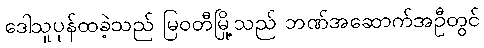
ဒေါသူပုန်ထခဲ့သည် မြဝတီမြို့သည် ဘဏ်အဆောက်အဦတွင်